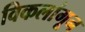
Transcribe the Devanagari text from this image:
विकलांगून